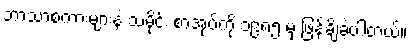
ဘာသာစကားများနဲ့ သမိုင်း စာအုပ်ကို ၁၉၈၅ မှ ဖြန့်ချိခဲ့ပါတယ်။